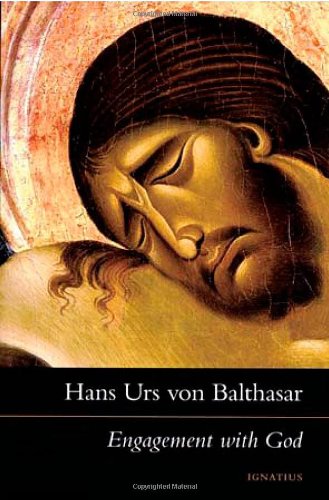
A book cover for Engagement with God: The Drama of Christian Discipleship; Hans Urs von Balthasar; Christian Books & Bibles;